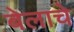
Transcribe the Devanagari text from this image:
बेलाचे